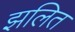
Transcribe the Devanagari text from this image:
झलित